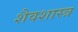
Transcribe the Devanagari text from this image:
शैवशास्त्र